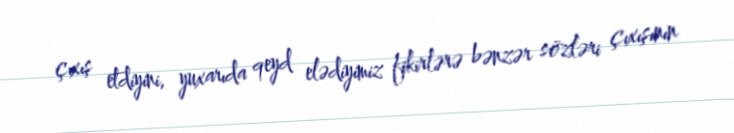
çıxış etdiyini, yuxarıda qeyd elədiyimiz fikirlərə bənzər sözləri çıxışının